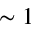
\sim 1